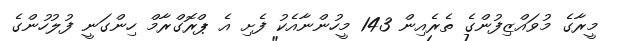
މީރާގެ މުވައްޒިފުންގެ ތެރެއިން 143 މީހުންނާއެކު ފެށި އެ ޕްރޮގްރާމް ހިންގަނީ ފުލުހުންގެ